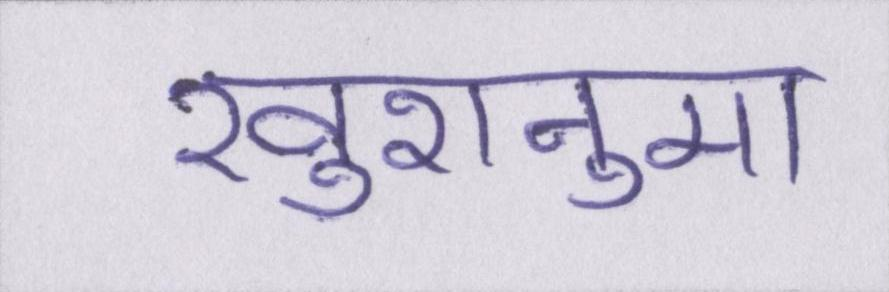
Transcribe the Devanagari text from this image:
खुशनुमा